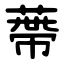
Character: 蔕